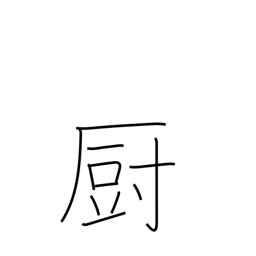
Meaning: kitchen